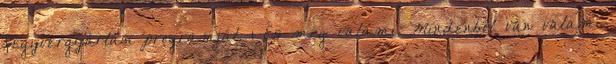
fegyvergyártási programját. 1 És még valami. Mindenből van valami